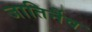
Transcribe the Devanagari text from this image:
जातिर्नैव